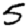
Digit: 5